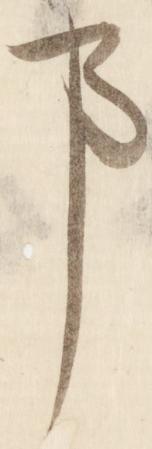
事